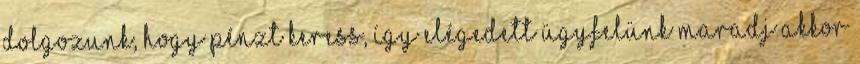
dolgozunk, hogy pénzt keress, így elégedett ügyfelünk maradj Akkor